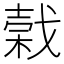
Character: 𢧣